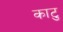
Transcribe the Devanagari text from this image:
काटु